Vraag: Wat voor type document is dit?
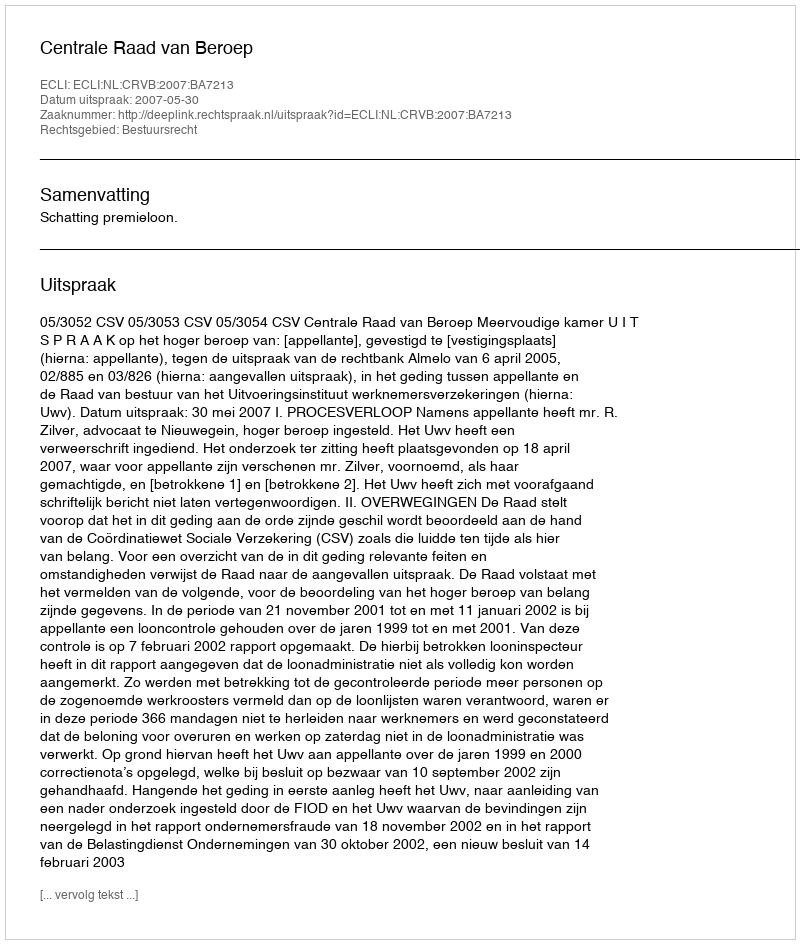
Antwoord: Uitspraak